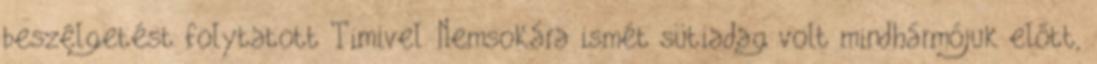
beszélgetést folytatott Timivel. Nemsokára ismét sütiadag volt mindhármójuk előtt,